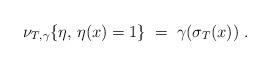
LaTeX: \begin{align*}\nu_{T, \gamma} \{\eta, \, \eta(x)=1\} \; =\;\gamma(\sigma_T(x)) \; . \end{align*}